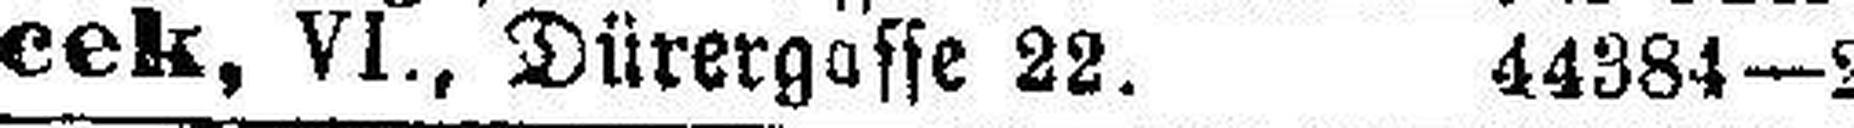
cek, VI., Dürergasse 22. 44384—2